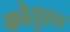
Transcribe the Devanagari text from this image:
कोतुहल